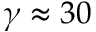
\gamma \approx 3 0